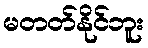
မတတ်နိုင်ဘူး